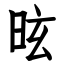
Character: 昡